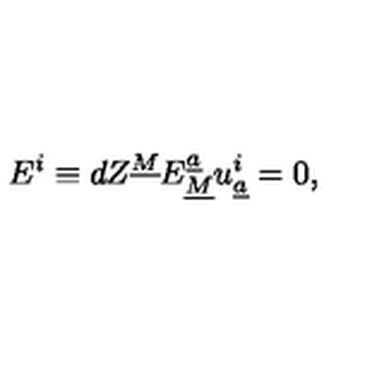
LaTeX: E ^ { i } \equiv d Z ^ { \underline { { M } } } E _ { \underline { { M } } } ^ { \underline { { a } } } u _ { \underline { { a } } } ^ { i } = 0 ,